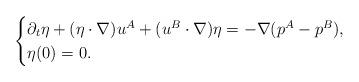
LaTeX: \begin{align*}\begin{cases}\partial_t \eta + (\eta\cdot \nabla )u^A + (u^B\cdot\nabla )\eta=-\nabla(p^A-p^B), \\\eta(0)=0.\end{cases}\end{align*}